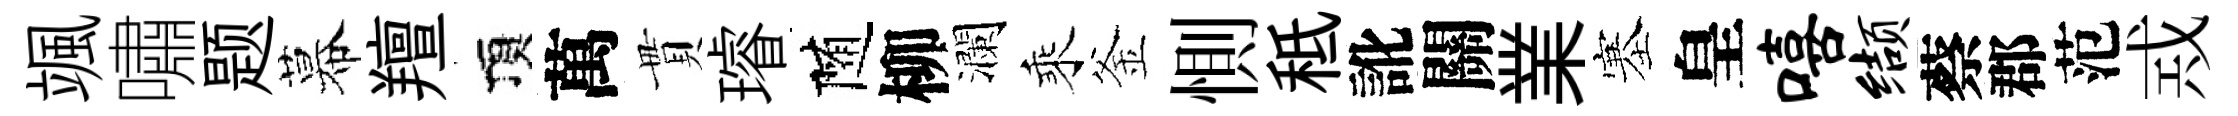
颯嘯题幕羶頂萬貫璿随柳瀾乘釜惻秪訛關業塞皇嘻缬蔡郡范𢦶